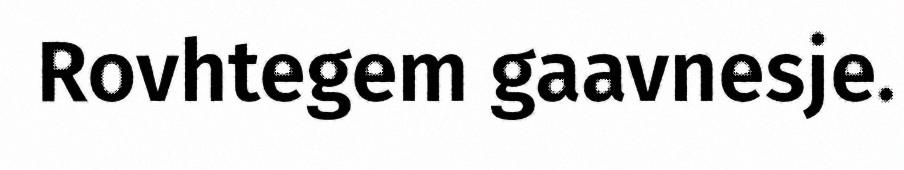
Rovhtegem gaavnesje.